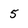
Character: 5